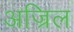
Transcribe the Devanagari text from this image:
अज्रिल